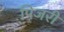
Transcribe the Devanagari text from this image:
पिजरी